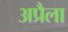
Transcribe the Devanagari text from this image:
अप्रैला